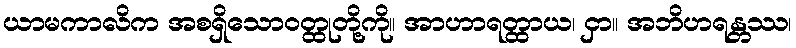
ယာမကာလိက အစရှိသောဝတ္ထုတို့ကို။ အာဟာရတ္ထာယ၊ ငှာ။ အဘိဟရန္တဿ၊